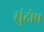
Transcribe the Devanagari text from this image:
सुंदोप